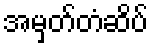
အမှတ်တံဆိပ်